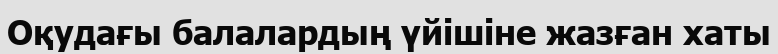
Оқудағы балалардың үйішіне жазған хаты